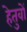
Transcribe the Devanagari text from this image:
हेतुवों